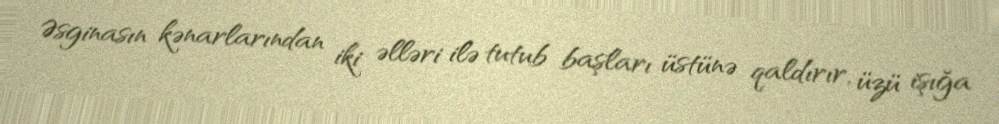
Əsginasın kənarlarından iki əlləri ilə tutub başları üstünə qaldırır, üzü işığa